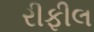
રીફીલ